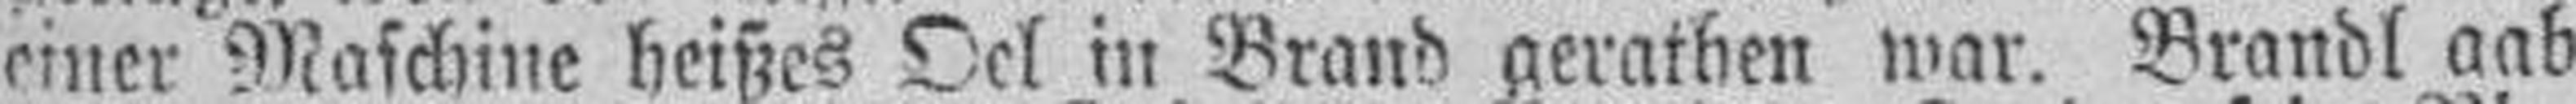
einer Maschine heißes Oel in Brand peratben war. Brandt aab